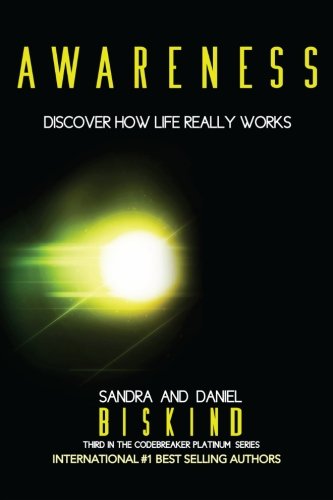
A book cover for Awareness: Discover How LIfe Really Works (The CODEBREAKER PLATINUM Series) (Volume 3); Sandra and Daniel Biskind; Health, Fitness & Dieting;